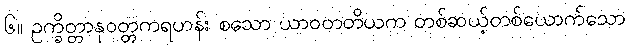
၆။ ဥက္ခိတ္တာနုဝတ္တကရဟန်း စသော ယာဝတတိယက တစ်ဆယ့်တစ်ယောက်သော